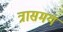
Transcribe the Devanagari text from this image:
त्रासमय